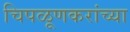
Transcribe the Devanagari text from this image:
चिपळूणकरांच्या